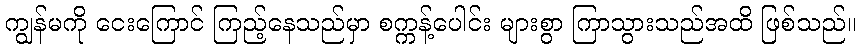
ကျွန်မကို ငေးကြောင် ကြည့်နေသည်မှာ စက္ကန့်ပေါင်း များစွာ ကြာသွားသည်အထိ ဖြစ်သည်။